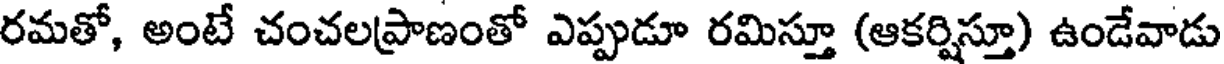
రమతో, అంటే చంచలప్రాణంతో ఎప్పుడూ రమిస్తూ (ఆకర్షిస్తూ) ఉండేవాడు